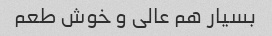
بسیار هم عالی و خوش طعم